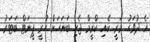
އެ ދުވަހު މަރީ ކެއި ކްރީމް ޖެހި ބަނަހަށް ހުރީ ޕީނަޓް ބަޓަރު